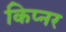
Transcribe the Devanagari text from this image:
किप्नर